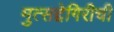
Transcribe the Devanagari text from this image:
मुत्सद्देगिरीची